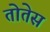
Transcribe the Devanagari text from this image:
तोतेस